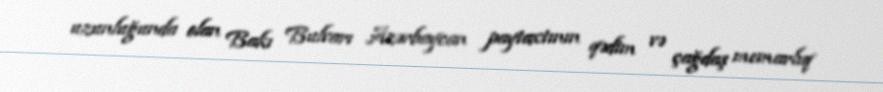
uzunluğunda olan Bakı Bulvarı Azərbaycan paytaxtının qədim və çağdaş memarlıq